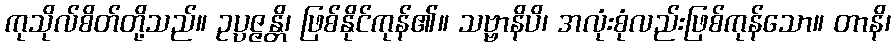
ကုသိုလ်စိတ်တို့သည်။ ဥပ္ပဇ္ဇန္တိ၊ ဖြစ်နိုင်ကုန်၏။ သဗ္ဗာနိပိ၊ အလုံးစုံလည်းဖြစ်ကုန်သော။ တာနိ၊